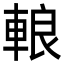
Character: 䡙